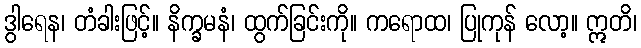
ဒွါရေန၊ တံခါးဖြင့်။ နိက္ခမနံ၊ ထွက်ခြင်းကို။ ကရောထ၊ ပြုကုန် လော့။ ဣတိ၊